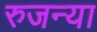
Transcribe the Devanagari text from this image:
रुजन्या